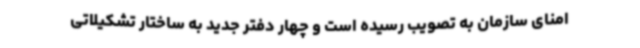
امنای سازمان به تصویب رسیده است و چهار دفتر جدید به ساختار تشکیلاتی